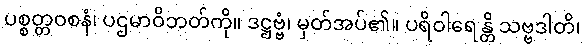
ပစ္စတ္တဝစနံ၊ ပဌမာဝိဘတ်ကို။ ဒဋ္ဌဗ္ဗံ၊ မှတ်အပ်၏။ ပရိဝါရေန္တိ သဗ္ဗဒါတိ၊